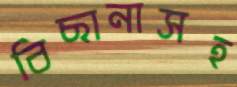
বিছানাসহ